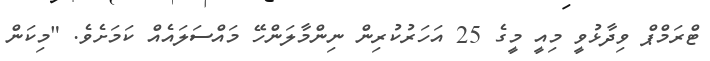
ޓްރަމްޕް ވިދާޅުވީ މިއީ މީގެ 25 އަހަރުކުރިން ނިންމާލަންހޭ މައްސަލައެއް ކަމަށެވެ. "މިކަން